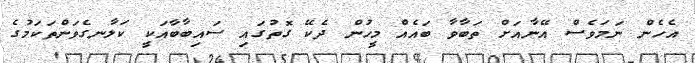
އެހެން ނަމަވެސް އޭނާއަށް ތަބާވާ ބައެއް މީހުން ދެކޭ ގޮތުގައި ސައިބާބާއަކީ ކަލާނގެވަންތަކަމުގެ